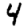
Digit: 4